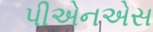
પીએનએસ